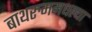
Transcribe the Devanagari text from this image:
बाथरुममधल्‍या